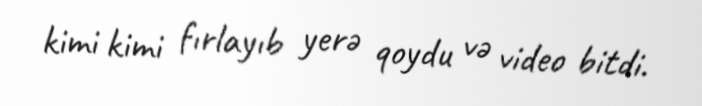
kimi kimi fırlayıb yerə qoydu və video bitdi.